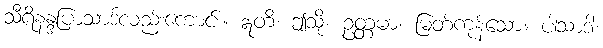
သီရိနန္ဒပြာသာဒ်လည်းကောင်း။ ဣတိ၊ ဤသို့။ ဥတ္တမာ၊ မြတ်ကုန်သော။ ပါသာဒါ၊